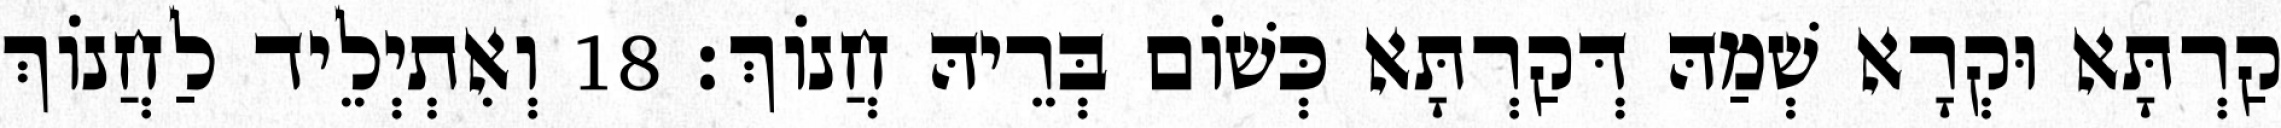
קַרְתָּא וּקְרָא שְׁמַהּ דְּקַרְתָּא כְּשׁוֹם בְּרֵיהּ חֲנוֹךְ׃ 18 וְאִתְיְלֵיד לַחֲנוֹךְ